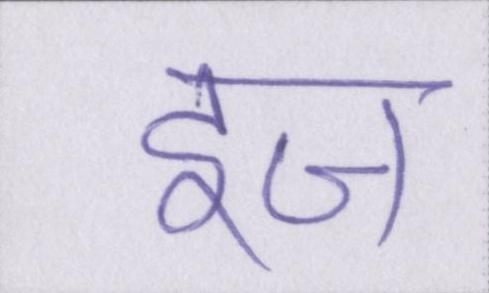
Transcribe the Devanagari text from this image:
इज